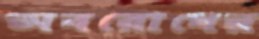
অবরোধের